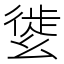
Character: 𢇌